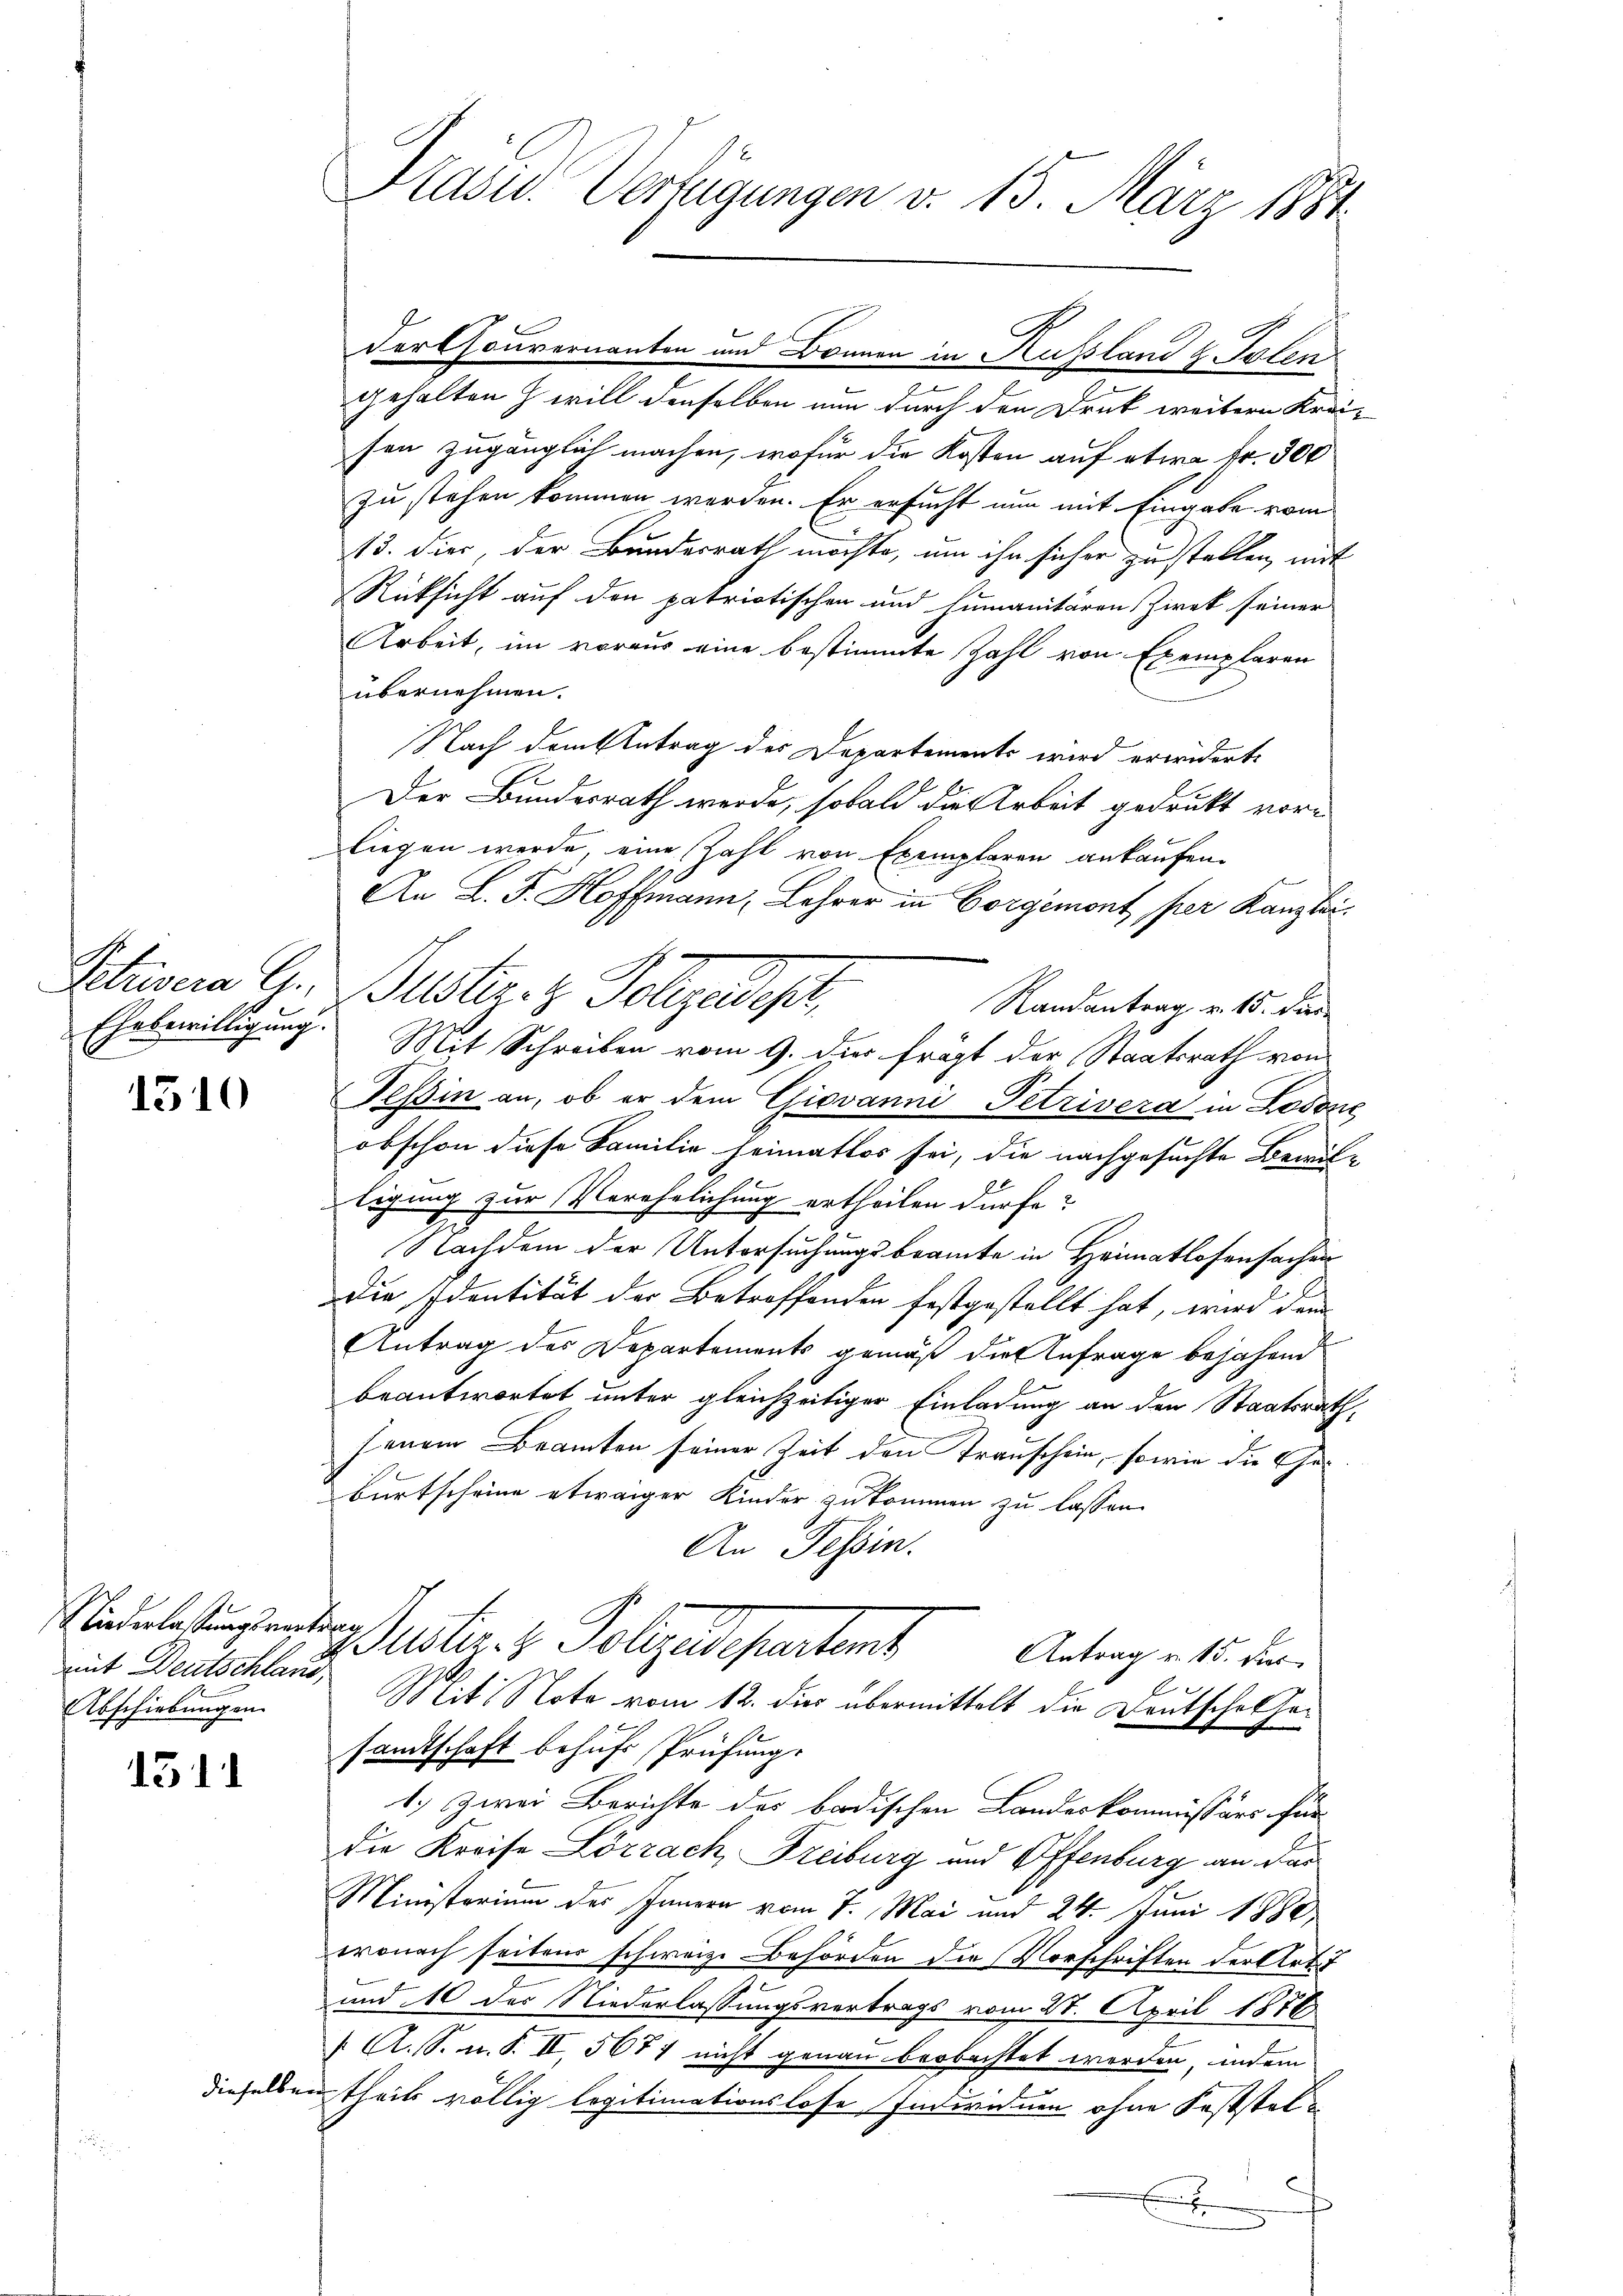
s
Ehebewilligung.

1310

Niederlassungsvertrag
mit Deutschlage,
Abschiebungen.

1311

gehalten z will denselben nun durch den Druk weitern Kreisen zugänglich machen, wofür die Kosten auf etwa Fr. 300
zu stehen kommen werden. Er ersucht nun mit Eingabe vom
13. dies, der Bundesrath möchte, um ihn sicher zu stellen, mit
Rücksicht auf den patriotischen und Humanitären Zwek seiner
Arbeit, im voraus eine bestimmte Zahl von Exemplaren
übernehmen.
Nach dem Antrag des Departements wird erwiderte
I
.
Der Bundesrath werde, sobald die Arbeit gedrukt vorliegen werde, eine Zahl von Exemplaren ankaufen.
An L. F. Hoffmann, Lehrer in Corgemont per Kanzlei.
Randantrag v. 15. dies
Mit Schreiben vom 9. dies frägt der Staatsrath von
Tessin an, ob er dem Giovanni Petrivera in Lodoric
obschon diese Familie heimatlos sei, die nachgesuchte Bemüt-
ligung zur Verehelichung ertheilen dürfe?
Nachdem der Untersuchungsbeamte in Heimatlosensachen
Die Identität der Betreffenden festgestellt hat, wird dem
Antrag des Departements gemäß die Anfrage bejahend
beantwortet unter gleichzeitiger Einladung an den Staatsrath,
jenem Beamten seiner Zeit den Trauschein, sowie die Geburtscheine etwaiger Kinder zukommen zu lassen.
An Tessin.
Bester. v. Polizeidepartent
Antrag v. 15. Dies
Mit: Note vom 12. dies übermittelt die Deutsche Gesandtschaft behufs Prüfung.
1.) Zwei Berichte des badischen Landeskommissärs für
Die Kreise Lörrach, Freiburg und Offenburg an dar
Ministorium des Innern vom 7. Mai und 24. Juni 1880
tronach seitens schweiz. Behörden die Vorschriften der Arti
und 10 des Niederlassungsvertrags vom 28. April 1876
 A. S. n. F. II, 5677 nicht genau beobachtet werden, indem
dieselben theils völlig legitimationslose Individuen ohne Feststelx

Präsid. Verfügungen d. 15. März 1881

Stusera G. Justiz- & Polizadepr

der Gouvernanten und Brunnen in Kussland & Polen